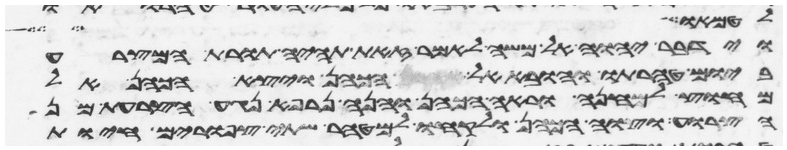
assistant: לטמאו
וידבר יהוה אל משה לאמר זאת תהיה תורת המצרע
ביום טהרתו והובא אל הכהן ויצא הכהן אל
מחוץ למחנה וראה הכהן והנה נרפא נגע הצרעת מן
הצרוע וצוה הכהן ולקחו למטהר שתי צפורים חיות